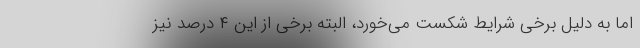
اما به دلیل برخی شرایط شکست می‌خورد، البته برخی از این ۴ درصد نیز